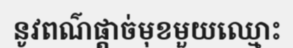
នូវពណ៌ផ្តាច់មុខមួយឈ្មោះ